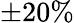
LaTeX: \pm 20\%